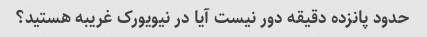
حدود پانزده دقیقه دور نیست آیا در نیویورک غریبه هستید؟